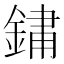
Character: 𨨂